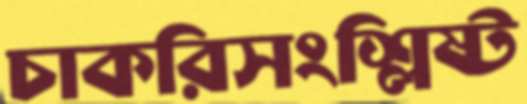
চাকরিসংশ্লিষ্ট